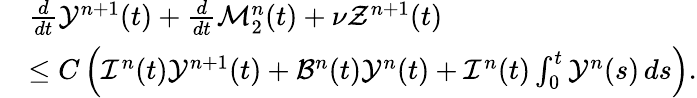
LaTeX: \begin{array}{rl}&{\frac{d}{dt}\mathcal{Y}^{n+1}(t)+\frac{d}{dt}\mathcal{M}_{2}^{n}(t)+\nu\mathcal{Z}^{n+1}(t)}\\ &{\leq C\left(\mathcal{I}^{n}(t)\mathcal{Y}^{n+1}(t)+\mathcal{B}^{n}(t)\mathcal{Y}^{n}(t)+\mathcal{I}^{n}(t)\int_{0}^{t}\mathcal{Y}^{n}(s)\, ds\right).}\end{array}